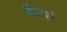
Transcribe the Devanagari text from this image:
बैजर्स